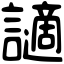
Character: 讁